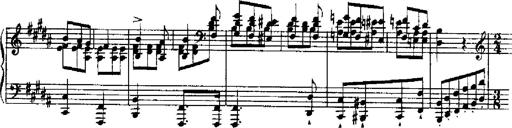
Title: RÃ©miniscences de Robert le diable
Composer: Franz Liszt